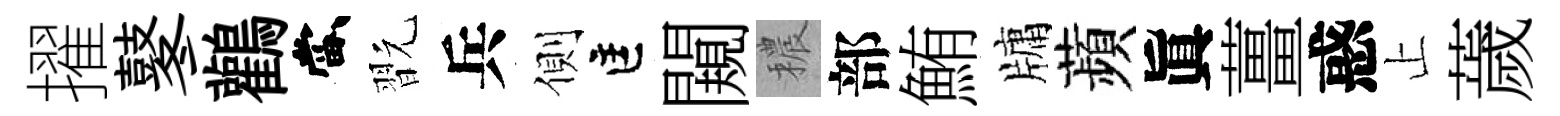
擢鼕鸛當翫兵側匡闚穠部鮪牗蘋眞薑惑止薉